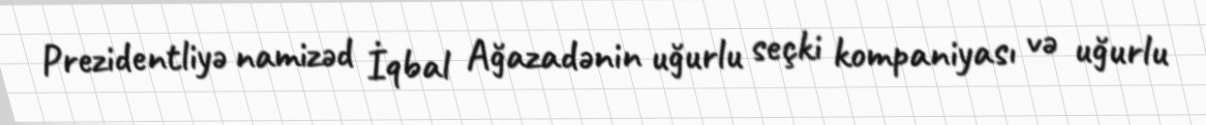
Prezidentliyə namizəd İqbal Ağazadənin uğurlu seçki kompaniyası və uğurlu